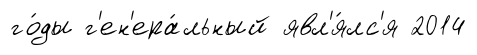
го́ды г'ен'ера́льный явл'я́лс'я 2014